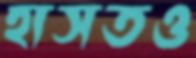
হাসতও